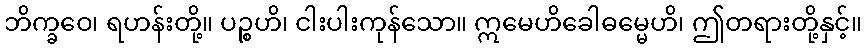
ဘိက္ခဝေ၊ ရဟန်းတို့။ ပဉ္စဟိ၊ ငါးပါးကုန်သော။ ဣမေဟိခေါဓမ္မေဟိ၊ ဤတရားတို့နှင့်။